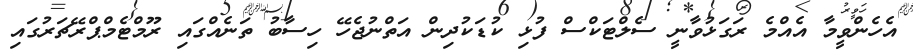
އެހެންވީމާ އެއްމެ ރަގަޅުވާނީ ސެލްޓަކްސް ފުޅި ކުޑަކުދިން އަތްނުޖެހޭ ހިސާބު ތަނެއްގައި ރޫމްޓެމްޕްރޭޗަރުގައި